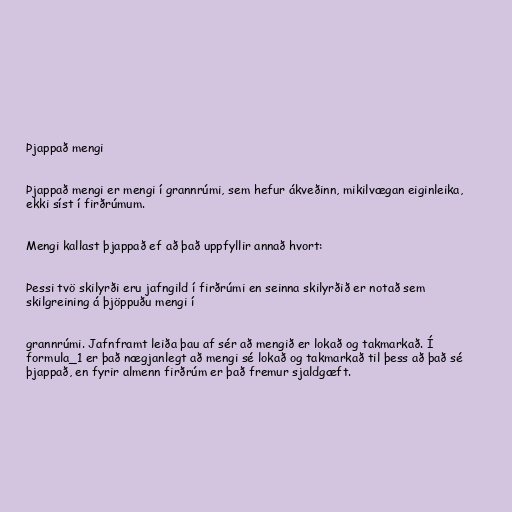
Þjappað mengi

Þjappað mengi er mengi í grannrúmi, sem hefur ákveðinn, mikilvægan eiginleika,
ekki síst í firðrúmum.

Mengi kallast þjappað ef að það uppfyllir annað hvort:

Þessi tvö skilyrði eru jafngild í firðrúmi en seinna skilyrðið er notað sem
skilgreining á þjöppuðu mengi í

grannrúmi. Jafnframt leiða þau af sér að mengið er lokað og takmarkað. Í
formula_1 er það nægjanlegt að mengi sé lokað og takmarkað til þess að það sé
þjappað, en fyrir almenn firðrúm er það fremur sjaldgæft.